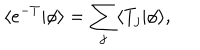
\langle e ^ { - T } | \phi \rangle = \sum _ { j } \langle T _ { j } | \phi \rangle ,